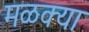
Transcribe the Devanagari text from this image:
मळक्या